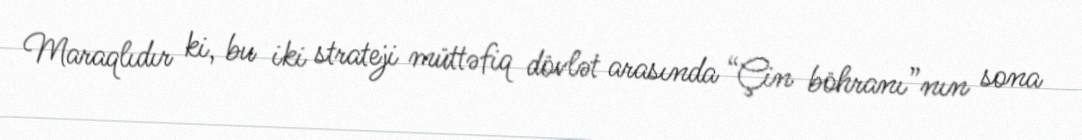
Maraqlıdır ki, bu iki strateji müttəfiq dövlət arasında “Çin böhranı”nın sona